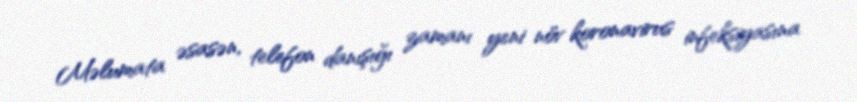
Məlumata əsasən, telefon danışığı zamanı yeni növ koronavirus infeksiyasına